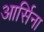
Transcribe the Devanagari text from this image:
आर्सिना